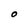
Character: O